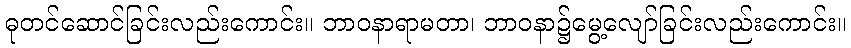
ဓုတင်ဆောင်ခြင်းလည်းကောင်း။ ဘာဝနာရာမတာ၊ ဘာဝနာ၌မွေ့လျော်ခြင်းလည်းကောင်း။